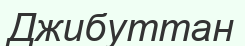
Джибуттан